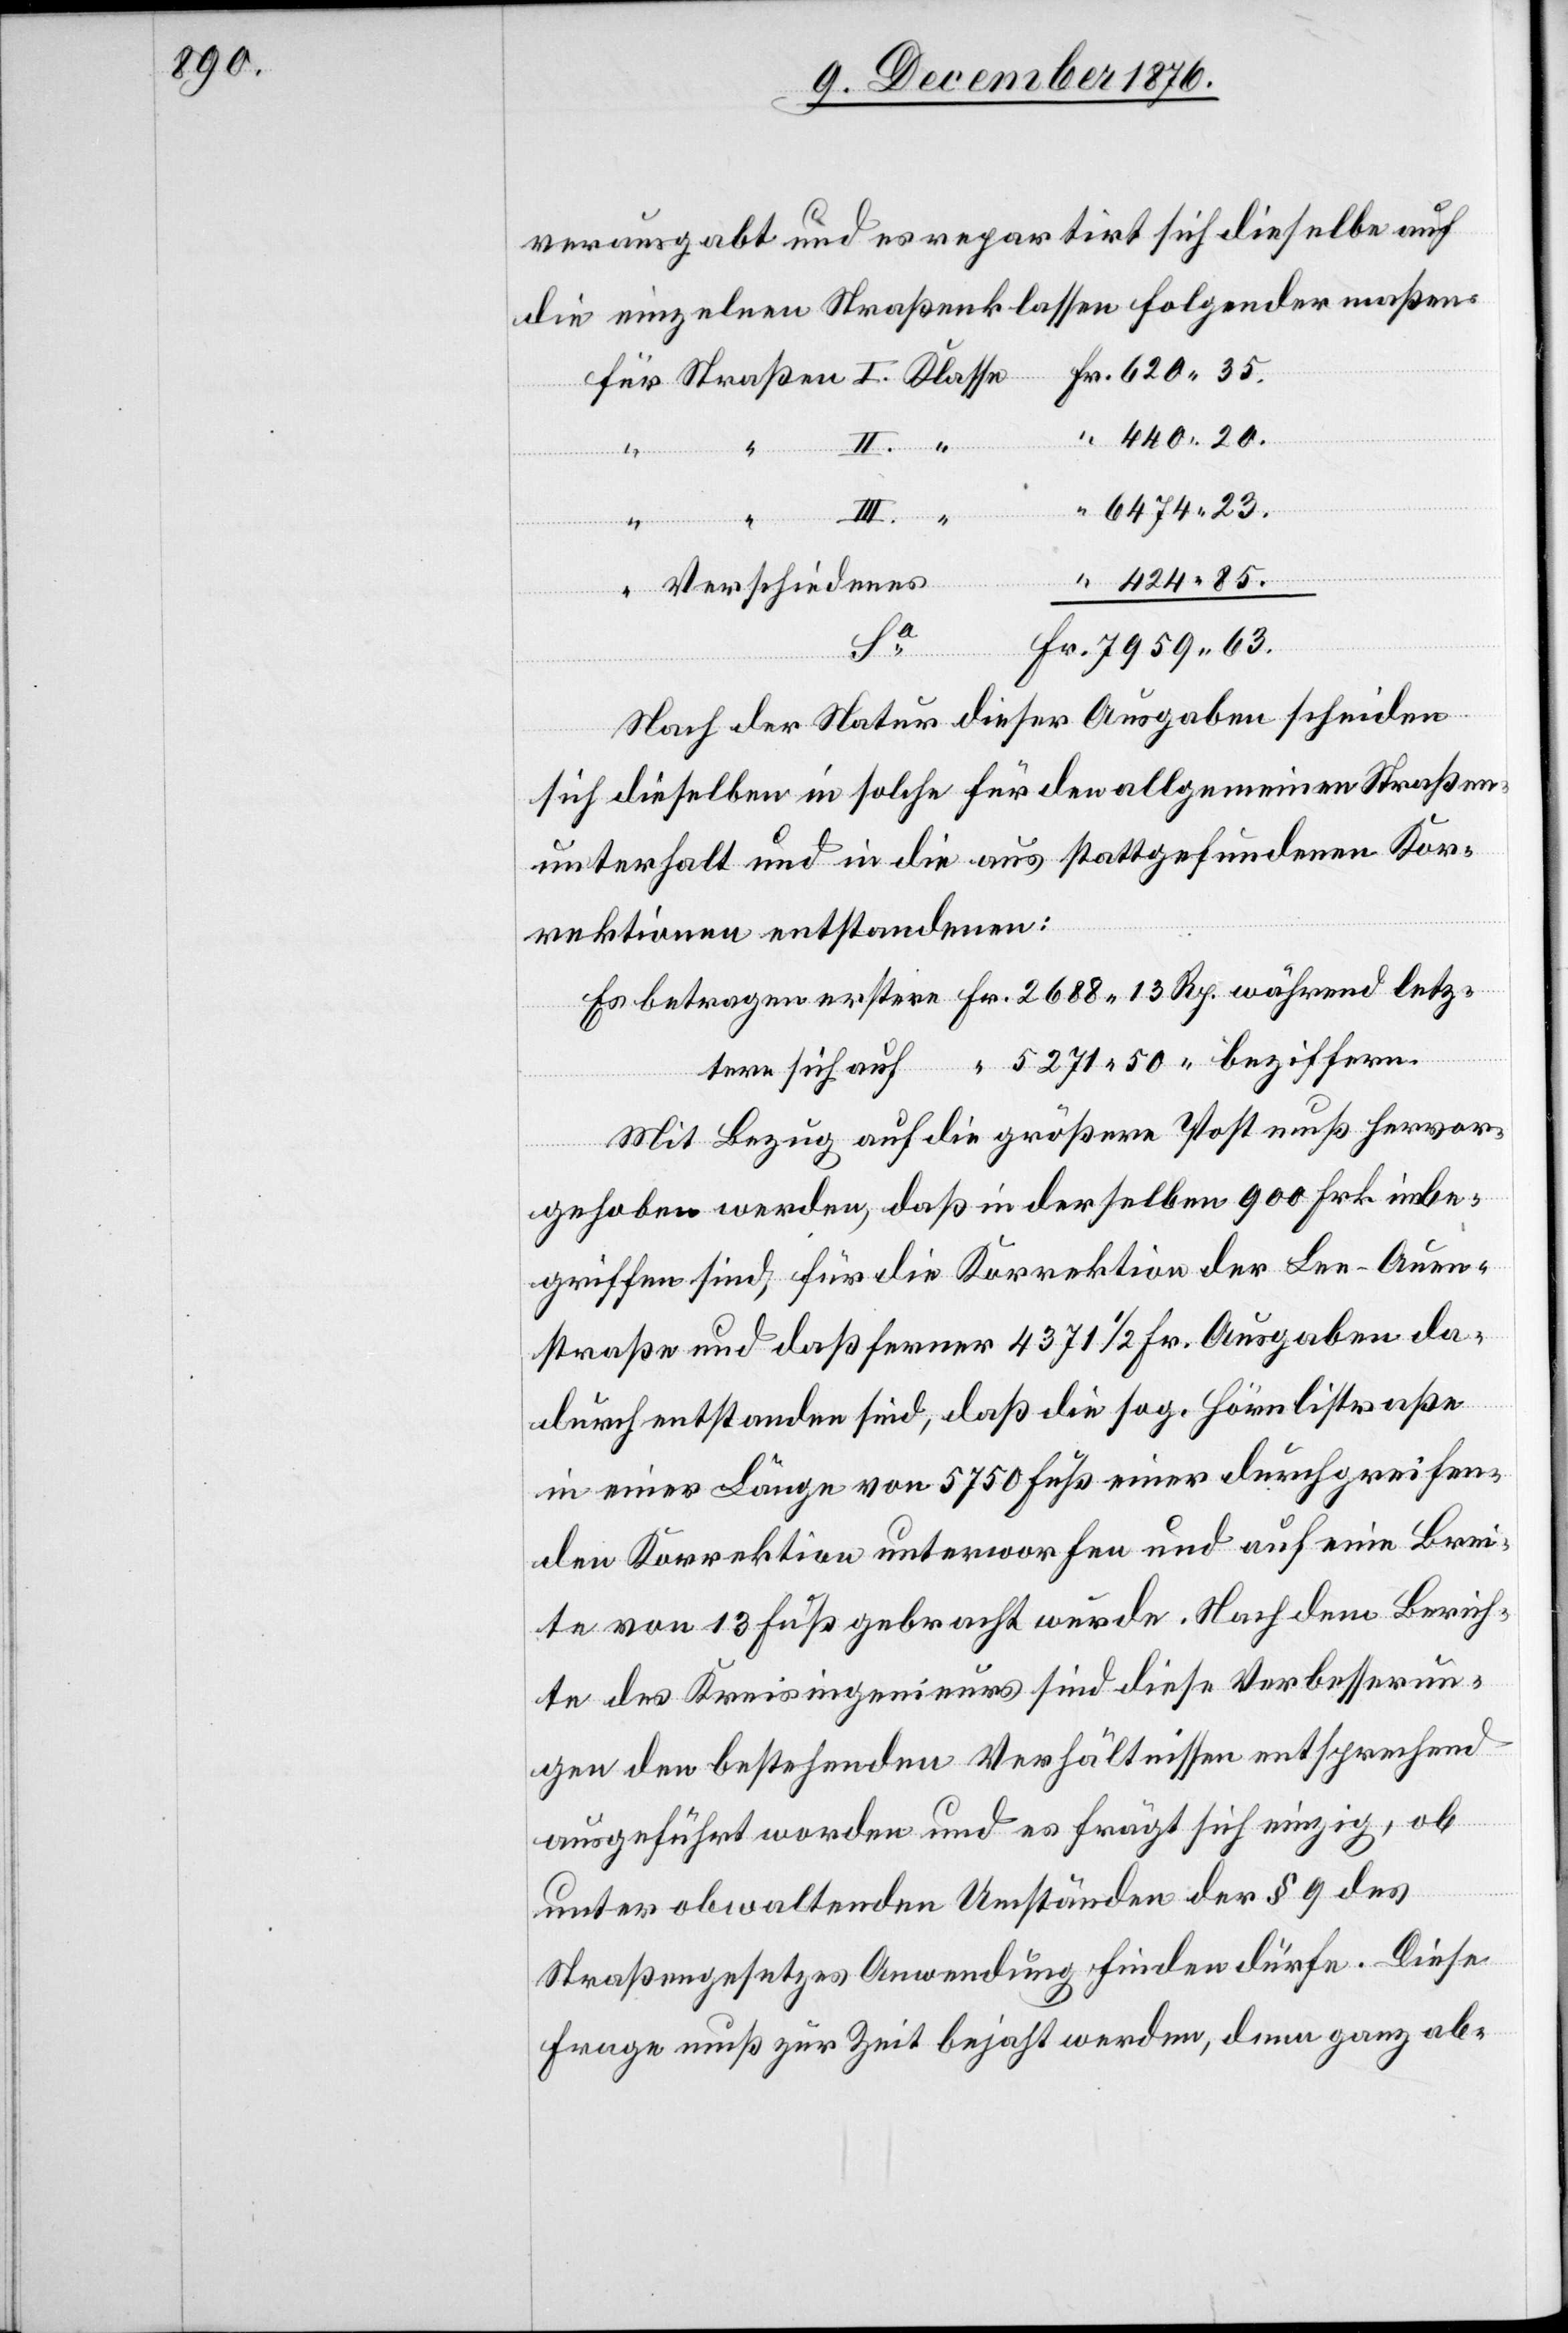
440

verausgabt und es repartirt sich dieselbe auf
die einzelnen Straßenklassen folgendermaßen:
Rp.
während
“
Verschiedenes
Fr.
beziffern.
Nach der Natur dieser Ausgaben scheiden
sich dieselben in solche für den allgemeinen Straßen¬
unterhalt und in die aus stattgefundenen Kor¬
rektionen entstandenen:
Mit Bezug auf die größere Post muß hervor¬
gehoben werden, daß in derselben 900 Frk. inbe¬
griffen sind, für die Korrektion der See-Auen¬
straße und deßferner 4371 1/2 Fr. Ausgaben da¬
durch entstanden sind, daß die sog. Hörnlistraße
in einer Länge von 5750 Fuß einer durchgreifen¬
den Korrektion unterworfen und auf eine Brei¬
te von 13 Fuß gebracht wurde. Nach dem Berich¬
te des Kreisingenieurs sind diese Verbesserun¬
gen den bestehenden Verhältnissen entsprechend
ausgeführt worden und es frägt sich einzig, ob
unter obwaltenden Umständen der § 9 des
Straßengesetzes Anwendung finden dürfe. Diese
Frage muß zur Zeit bejaht werden, denn ganz ab-